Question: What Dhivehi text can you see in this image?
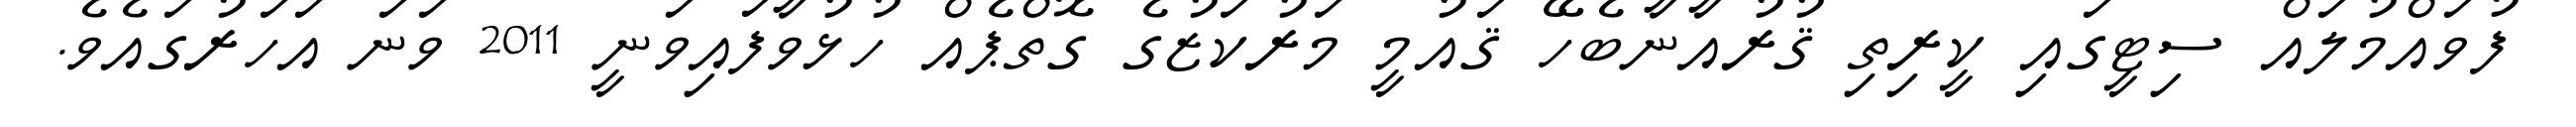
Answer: ފުވައްމުލައް ސިޓީގައި ކީރިތި ޤުރުއާނާބެހޭ ޤައުމީ މަރުކަޒުގެ ގޮތްޕެއް ހުޅުވާފައިވަނީ 2011 ވަނަ އަހަރުގައެވެ.